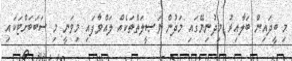
މި ބީދައިން ބަލާއިރު މިދުނިޔޭގައި މަދުން ވަޞީލަތްތަކެއް ލައްވާފައި މިވަނީ މި ސަބަބަށްޓަކައި